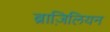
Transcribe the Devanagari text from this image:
ब्राज़िलियन